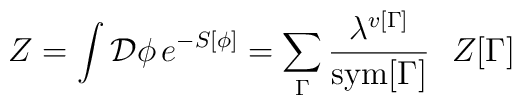
Z=\int {\cal D}\phi\, e^{-S[\phi]} = \sum_{\Gamma} {\lambda^{v[\Gamma]}\over {\rm sym}[\Gamma]} \ \ Z[\Gamma]